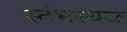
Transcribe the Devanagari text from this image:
स्तंभस्थळ